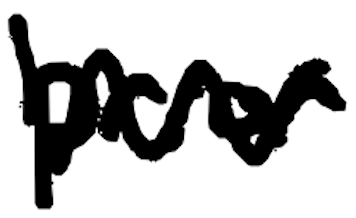
Text: Prior
Cross-out: zig-zag
Writing tool: digital_black